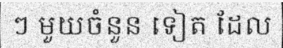
ៗ មួយចំនួន ទៀត ដែល